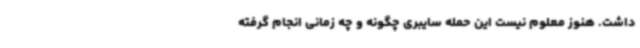
داشت. هنوز معلوم نیست این حمله سایبری چگونه و چه زمانی انجام گرفته